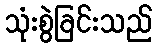
သုံးစွဲခြင်းသည်